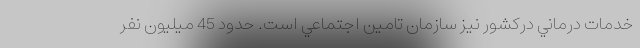
خدمات درماني دركشور نيز سازمان تامين اجتماعي است. حدود 45 ميليون نفر